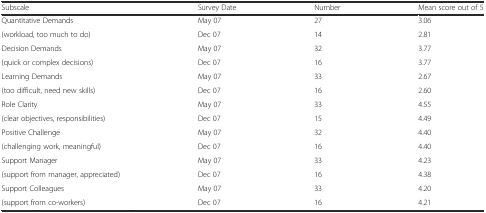
<table><thead><tr><td><b>Subscale</b></td><td><b>Survey Date</b></td><td><b>Number</b></td><td><b>Mean score out of 5</b></td></tr></thead><tbody><tr><td>Quantitative Demands</td><td>May 07</td><td>27</td><td>3.06</td></tr><tr><td>(workload, too much to do)</td><td>Dec 07</td><td>14</td><td>2.81</td></tr><tr><td>Decision Demands</td><td>May 07</td><td>32</td><td>3.77</td></tr><tr><td>(quick or complex decisions)</td><td>Dec 07</td><td>16</td><td>3.77</td></tr><tr><td>Learning Demands</td><td>May 07</td><td>33</td><td>2.67</td></tr><tr><td>(too difficult, need new skills)</td><td>Dec 07</td><td>16</td><td>2.60</td></tr><tr><td>Role Clarity</td><td>May 07</td><td>33</td><td>4.55</td></tr><tr><td>(clear objectives, responsibilities)</td><td>Dec 07</td><td>15</td><td>4.49</td></tr><tr><td>Positive Challenge</td><td>May 07</td><td>32</td><td>4.40</td></tr><tr><td>(challenging work, meaningful)</td><td>Dec 07</td><td>16</td><td>4.40</td></tr><tr><td>Support Manager</td><td>May 07</td><td>33</td><td>4.23</td></tr><tr><td>(support from manager, appreciated)</td><td>Dec 07</td><td>16</td><td>4.38</td></tr><tr><td>Support Colleagues</td><td>May 07</td><td>33</td><td>4.20</td></tr><tr><td>(support from co-workers)</td><td>Dec 07</td><td>16</td><td>4.21</td></tr></tbody></table>